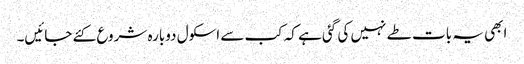
ابھی یہ بات طے نہیں کی گئی ہے کہ کب سے اسکول دوبارہ شروع کئے جائیں۔